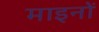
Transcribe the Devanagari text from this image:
माइनों